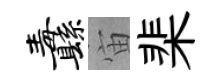
纛宙棐